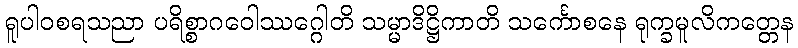
ရူပါဝစရသညာ ပရိစ္စာဂဝေါဿဂ္ဂေါတိ သမ္မာဒိဋ္ဌိကာတိ သင်္ကောစနေ ရုက္ခမူလိကတ္တေန